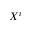
X ^ { i }